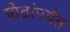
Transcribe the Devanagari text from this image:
प्रौढांपर्यंत